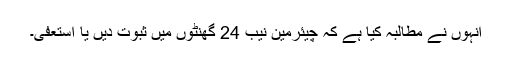
انہوں نے مطالبہ کیا ہے کہ چیئرمین نیب 24 گھنٹوں میں ثبوت دیں یا استعفیٰ۔